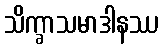
သိက္ခာသမာဒါနဿ